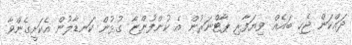
ދައްކަން ޖެހި ބައެއް ވިޔަފާރި ޕާޓްނަރުން އެ ކުންފުންޏާ ގުޅުން ކަނޑާލުން އެކަށީގެންވާ